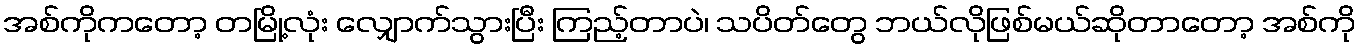
အစ်ကိုကတော့ တမြို့လုံး လျှောက်သွားပြီး ကြည့်တာပဲ၊ သပိတ်တွေ ဘယ်လိုဖြစ်မယ်ဆိုတာတော့ အစ်ကို